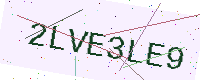
Text: 2LVE3LE9